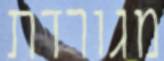
מגורדת